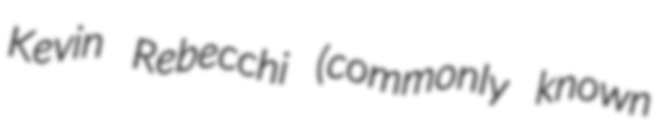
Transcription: Kevin Rebecchi (commonly known